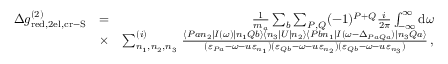
\begin{array} { r l r } { \Delta g _ { \mathrm { r e d , 2 e l , c r - S } } ^ { ( 2 ) } } & { = } & { \frac { 1 } { m _ { a } } \sum _ { b } \sum _ { P , Q } ( - 1 ) ^ { P + Q } \frac { i } { 2 \pi } \int _ { - \infty } ^ { \infty } \mathrm { d } \omega } \\ & { \times } & { \sum _ { n _ { 1 } , n _ { 2 } , n _ { 3 } } ^ { ( i ) } \, \frac { \langle P a n _ { 2 } | I ( \omega ) | n _ { 1 } Q b \rangle \langle n _ { 3 } | U | n _ { 2 } \rangle \langle P b n _ { 1 } | I ( \omega - \Delta _ { P a Q a } ) | n _ { 3 } Q a \rangle } { ( \varepsilon _ { P a } - \omega - u \varepsilon _ { n _ { 1 } } ) ( \varepsilon _ { Q b } - \omega - u \varepsilon _ { n _ { 2 } } ) ( \varepsilon _ { Q b } - \omega - u \varepsilon _ { n _ { 3 } } ) } \, , } \end{array}